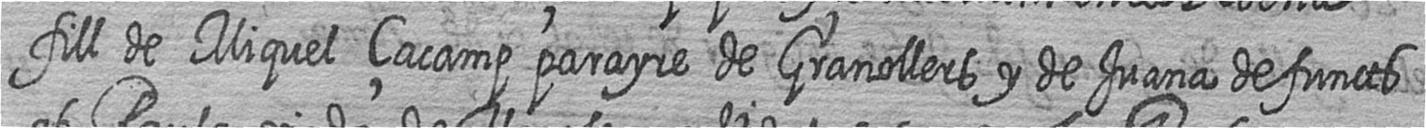
fill de Miquel çacamp parayre de Granollers y de Juana defuncts